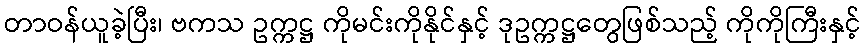
တာဝန်ယူခဲ့ပြီး၊ ဗကသ ဥက္ကဋ္ဌ ကိုမင်းကိုနိုင်နှင့် ဒုဥက္ကဋ္ဌတွေဖြစ်သည့် ကိုကိုကြီးနှင့်